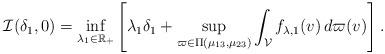
LaTeX: \begin{align*}\mathcal{I}(\delta_1, 0) = \inf _{\lambda_1 \in \mathbb{R}_{+}}\left[\lambda_1 \delta_1+\sup _{\varpi \in \Pi\left(\mu_{13}, \mu_{23}\right)} \int_{\mathcal{V}} f_{\lambda, 1}(v) \, d \varpi(v)\right].\end{align*}